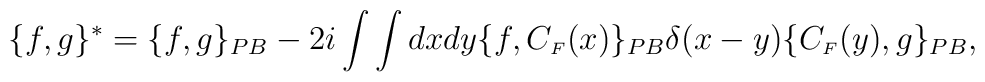
\{f,g\}^*=\{f,g\}_{PB}-2i\int\int dxdy\{f,C_{\scriptscriptstyle F}(x)\}_{PB}\delta(x-y)\{C_{\scriptscriptstyle F}(y),g\}_{PB},